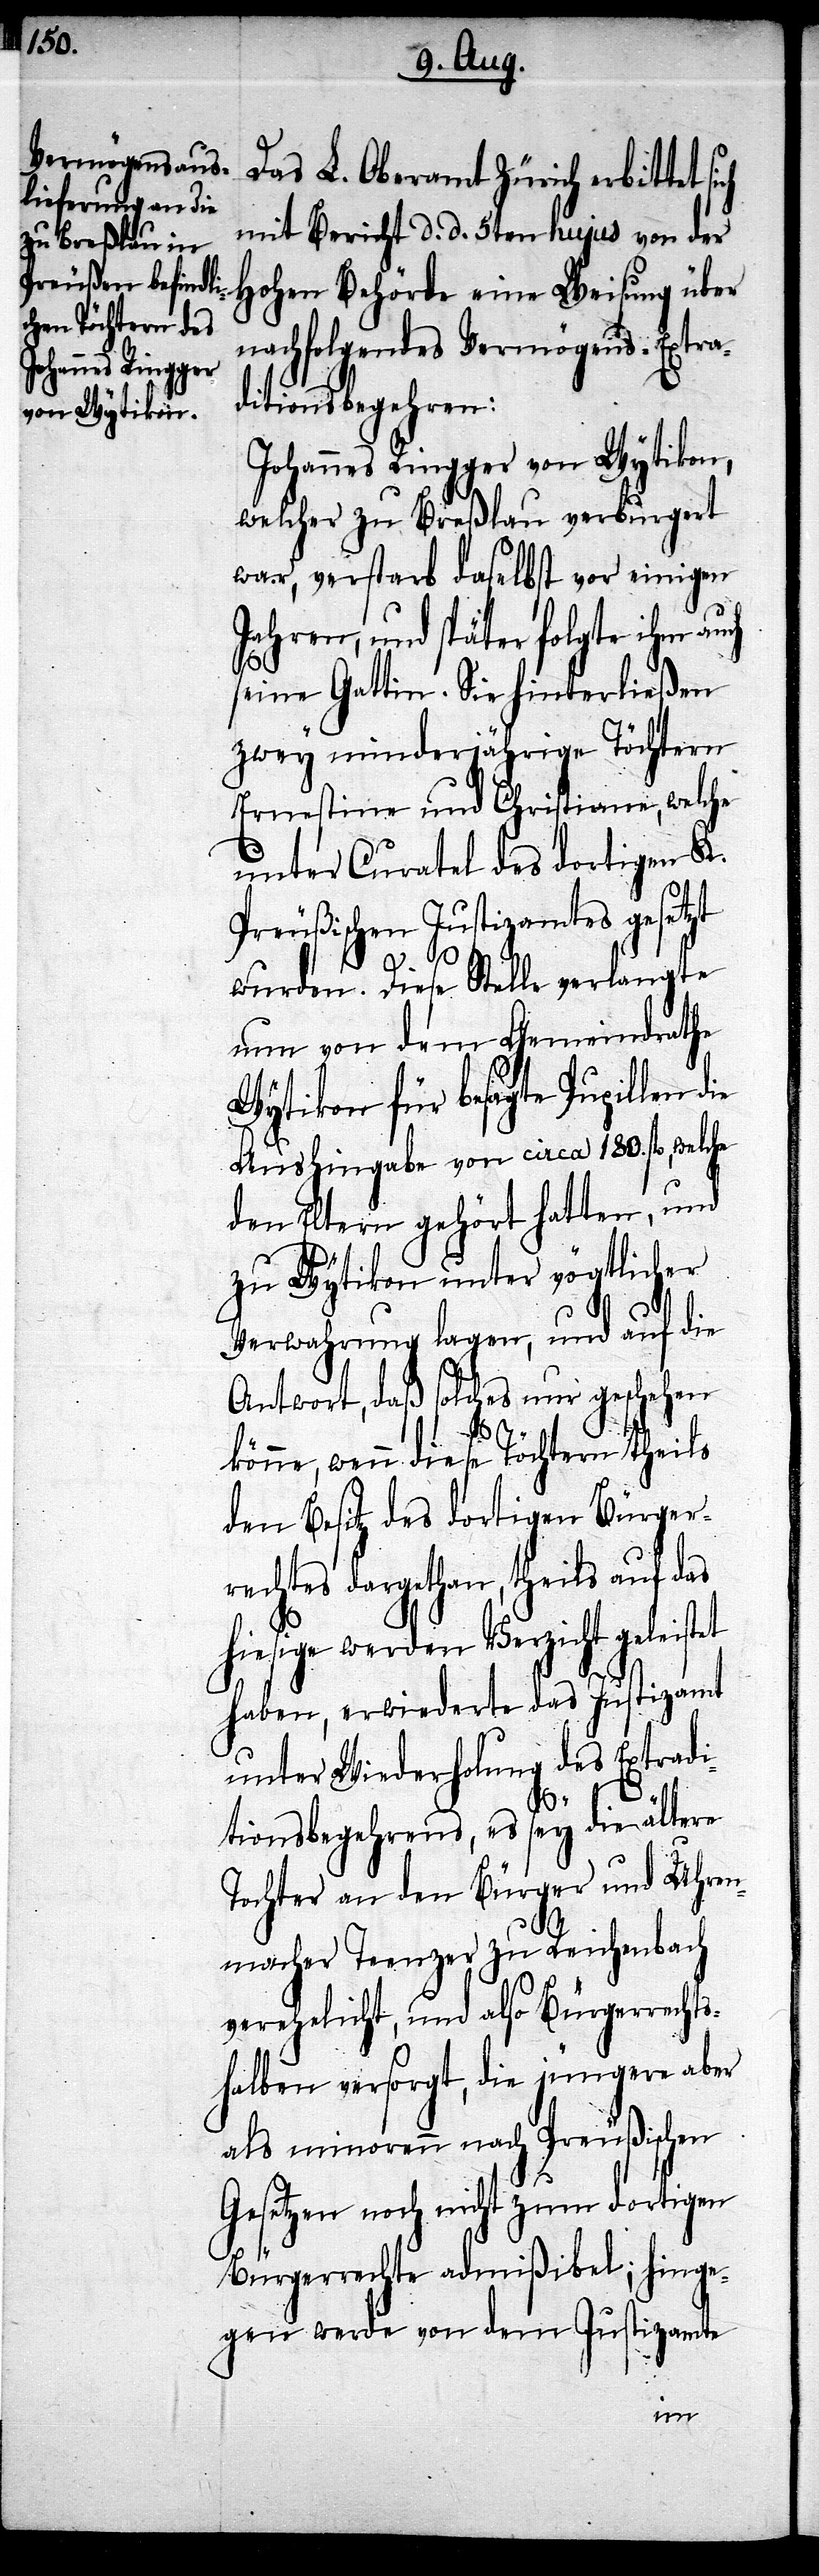
Das L. Oberamt Zürich erbittet si¬
mit Bericht d. d. 5ten hujus von der
hohen Behörde eine Weisung über
nachfolgendes Vermögens-Extra¬
ditionsbegehren:
Johannes Ringger von Wytikon,
welcher zu Breßlau verburgert
war, verstarb daselbst vor einigen
Jahren, und später folgte ihm auch
seine Gattin. Sie hinterließen
zwey minderjährige Töchtern
Ernestine und Christiane, welche
unter Curatel des dortigen K.
Preußischen Justizamtes gesetzt
ch
wurde. Diese Stelle verlangte
nun von dem Gemeindrathe
Wytikon für besagte Pupillen
Aushingabe von circa 180. fl., welche
den Eltern gehört hatten, und
zu Wytikon unter vögtlicher
Verwahrung lagen, und auf die
Antwort, daß solches nur geschehen
könne, wenn diese Töchtern theils
den Besitz des dortigen Bürger¬
rechtes dargethan, theils auf das
hiesige werden Verzicht geleistet
haben, erwiederte das Justizamt
unter Wiederholung des Extradi¬
tionsbegehrens, es sey die ältere
Tochter an den Bürger und Uhren¬
macher Teenzer zu Reichenbach
verehelicht, und also Bürgerrechts¬
halben versorgt, die jungen aber
als minorenn nach Preußischen
Gesetzen noch nicht zum dortigen
Bürgerrechte admißibel; hinge¬
gen werde von dem Justizamte